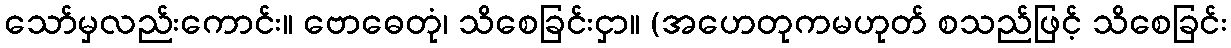
သော်မှလည်းကောင်း။ ဗောဓေတုံ၊ သိစေခြင်းငှာ။ (အဟေတုကမဟုတ် စသည်ဖြင့် သိစေခြင်း